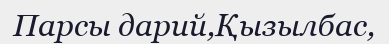
Парсы дарий,Қызылбас,